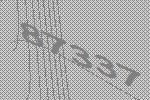
87337